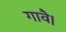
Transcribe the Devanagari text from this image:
गावै।